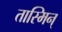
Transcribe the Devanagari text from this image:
तास्मिन्